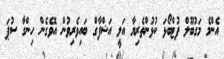
އެންމެ މަގުބޫލް ފުޓްބޯޅަ ކުޅުންތެރިޔާ އަލީ އަޝްފާގް ބައިވެރިވުން އޮވެގެން ހިންގާ ސުޕަ